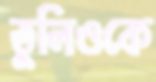
তুলিওকে